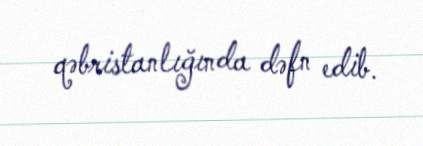
qəbristanlığında dəfn edib.